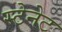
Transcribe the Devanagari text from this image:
स्टेनेट